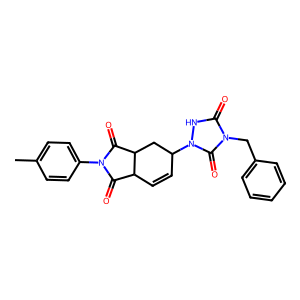
SMILES: Cc1ccc(N2C(=O)C3C=CC(n4[nH]c(=O)n(Cc5ccccc5)c4=O)CC3C2=O)cc1
Inhibits HIV replication: No